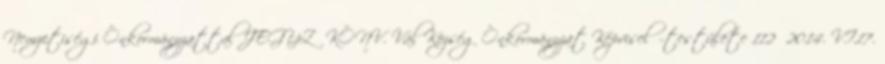
Nemzetiségi Önkormányzattal JEGYZŐKÖNV. Vál Község Önkormányzat Képviselő-testülete 112 2014. VI.17.